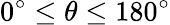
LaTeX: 0^{\circ}\le\theta\le 180^{\circ}